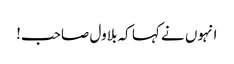
انہوں نے کہا کہ بلاول صاحب!